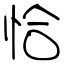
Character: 恰